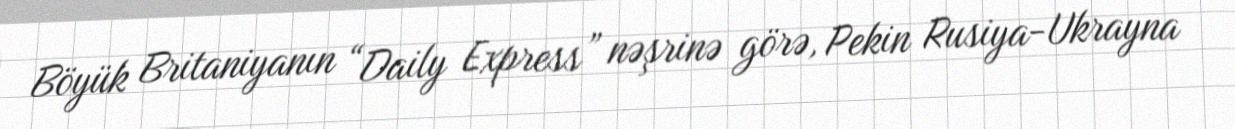
Böyük Britaniyanın “Daily Express” nəşrinə görə, Pekin Rusiya-Ukrayna